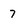
Character: 7